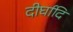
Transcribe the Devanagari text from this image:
दीर्घादि